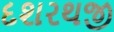
દશરથજી